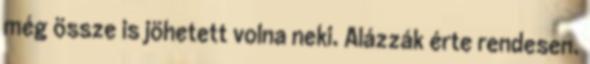
még össze is jöhetett volna neki. Alázzák érte rendesen.